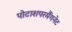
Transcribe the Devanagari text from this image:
पोटाशपरमैंगनेट